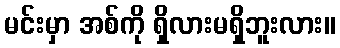
မင်းမှာ အစ်ကို ရှိလားမရှိဘူးလား။